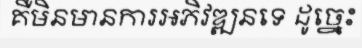
គឺមិនមានការអភិវឌ្ឍនទេ ដូច្នេះ